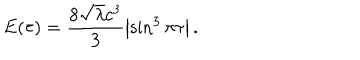
E ( \tau ) = \frac { 8 \sqrt { \lambda } c ^ { 3 } } { 3 } \left| \sin ^ { 3 } \pi \tau \right| .